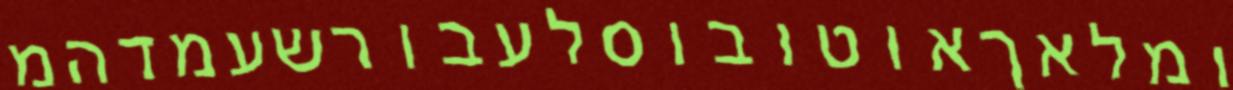
ומלאךאוטובוסלעבורשעמדהמ